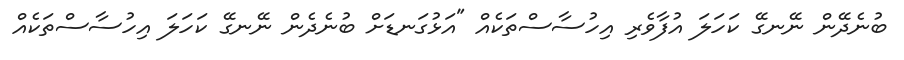
ބުނެދޭން ނޭނގޭ ކަހަލަ އުފާވެރި އިހުސާސްތަކެއް "އަޅުގަނޑަށް ބުނެދެން ނޭނގޭ ކަހަލަ އިހުސާސްތަކެއް